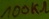
Text: 100kΩ